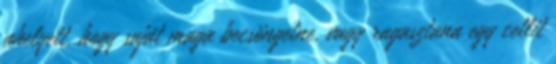
ahelyett, hogy saját maga becsöngetne, vagy ragasztana egy cetlit